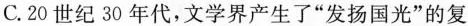
C.20世纪30年代，文学界产生了“发扬国光”的复